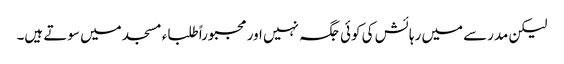
لیکن مدرسے میں رہائش کی کوئی جگہ نہیں اور مجبوراً طلباء مسجد میں سوتے ہیں۔